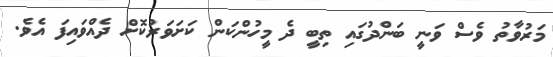
މަރުވާތު ވެސް ވަނީ ބަންދުގައި ތިބީ ދެ މީހުންކަން ކަށަވަރުކޮށް ދެއްވައިފަ އެވެ.